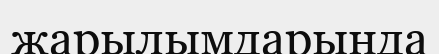
жарылымдарында